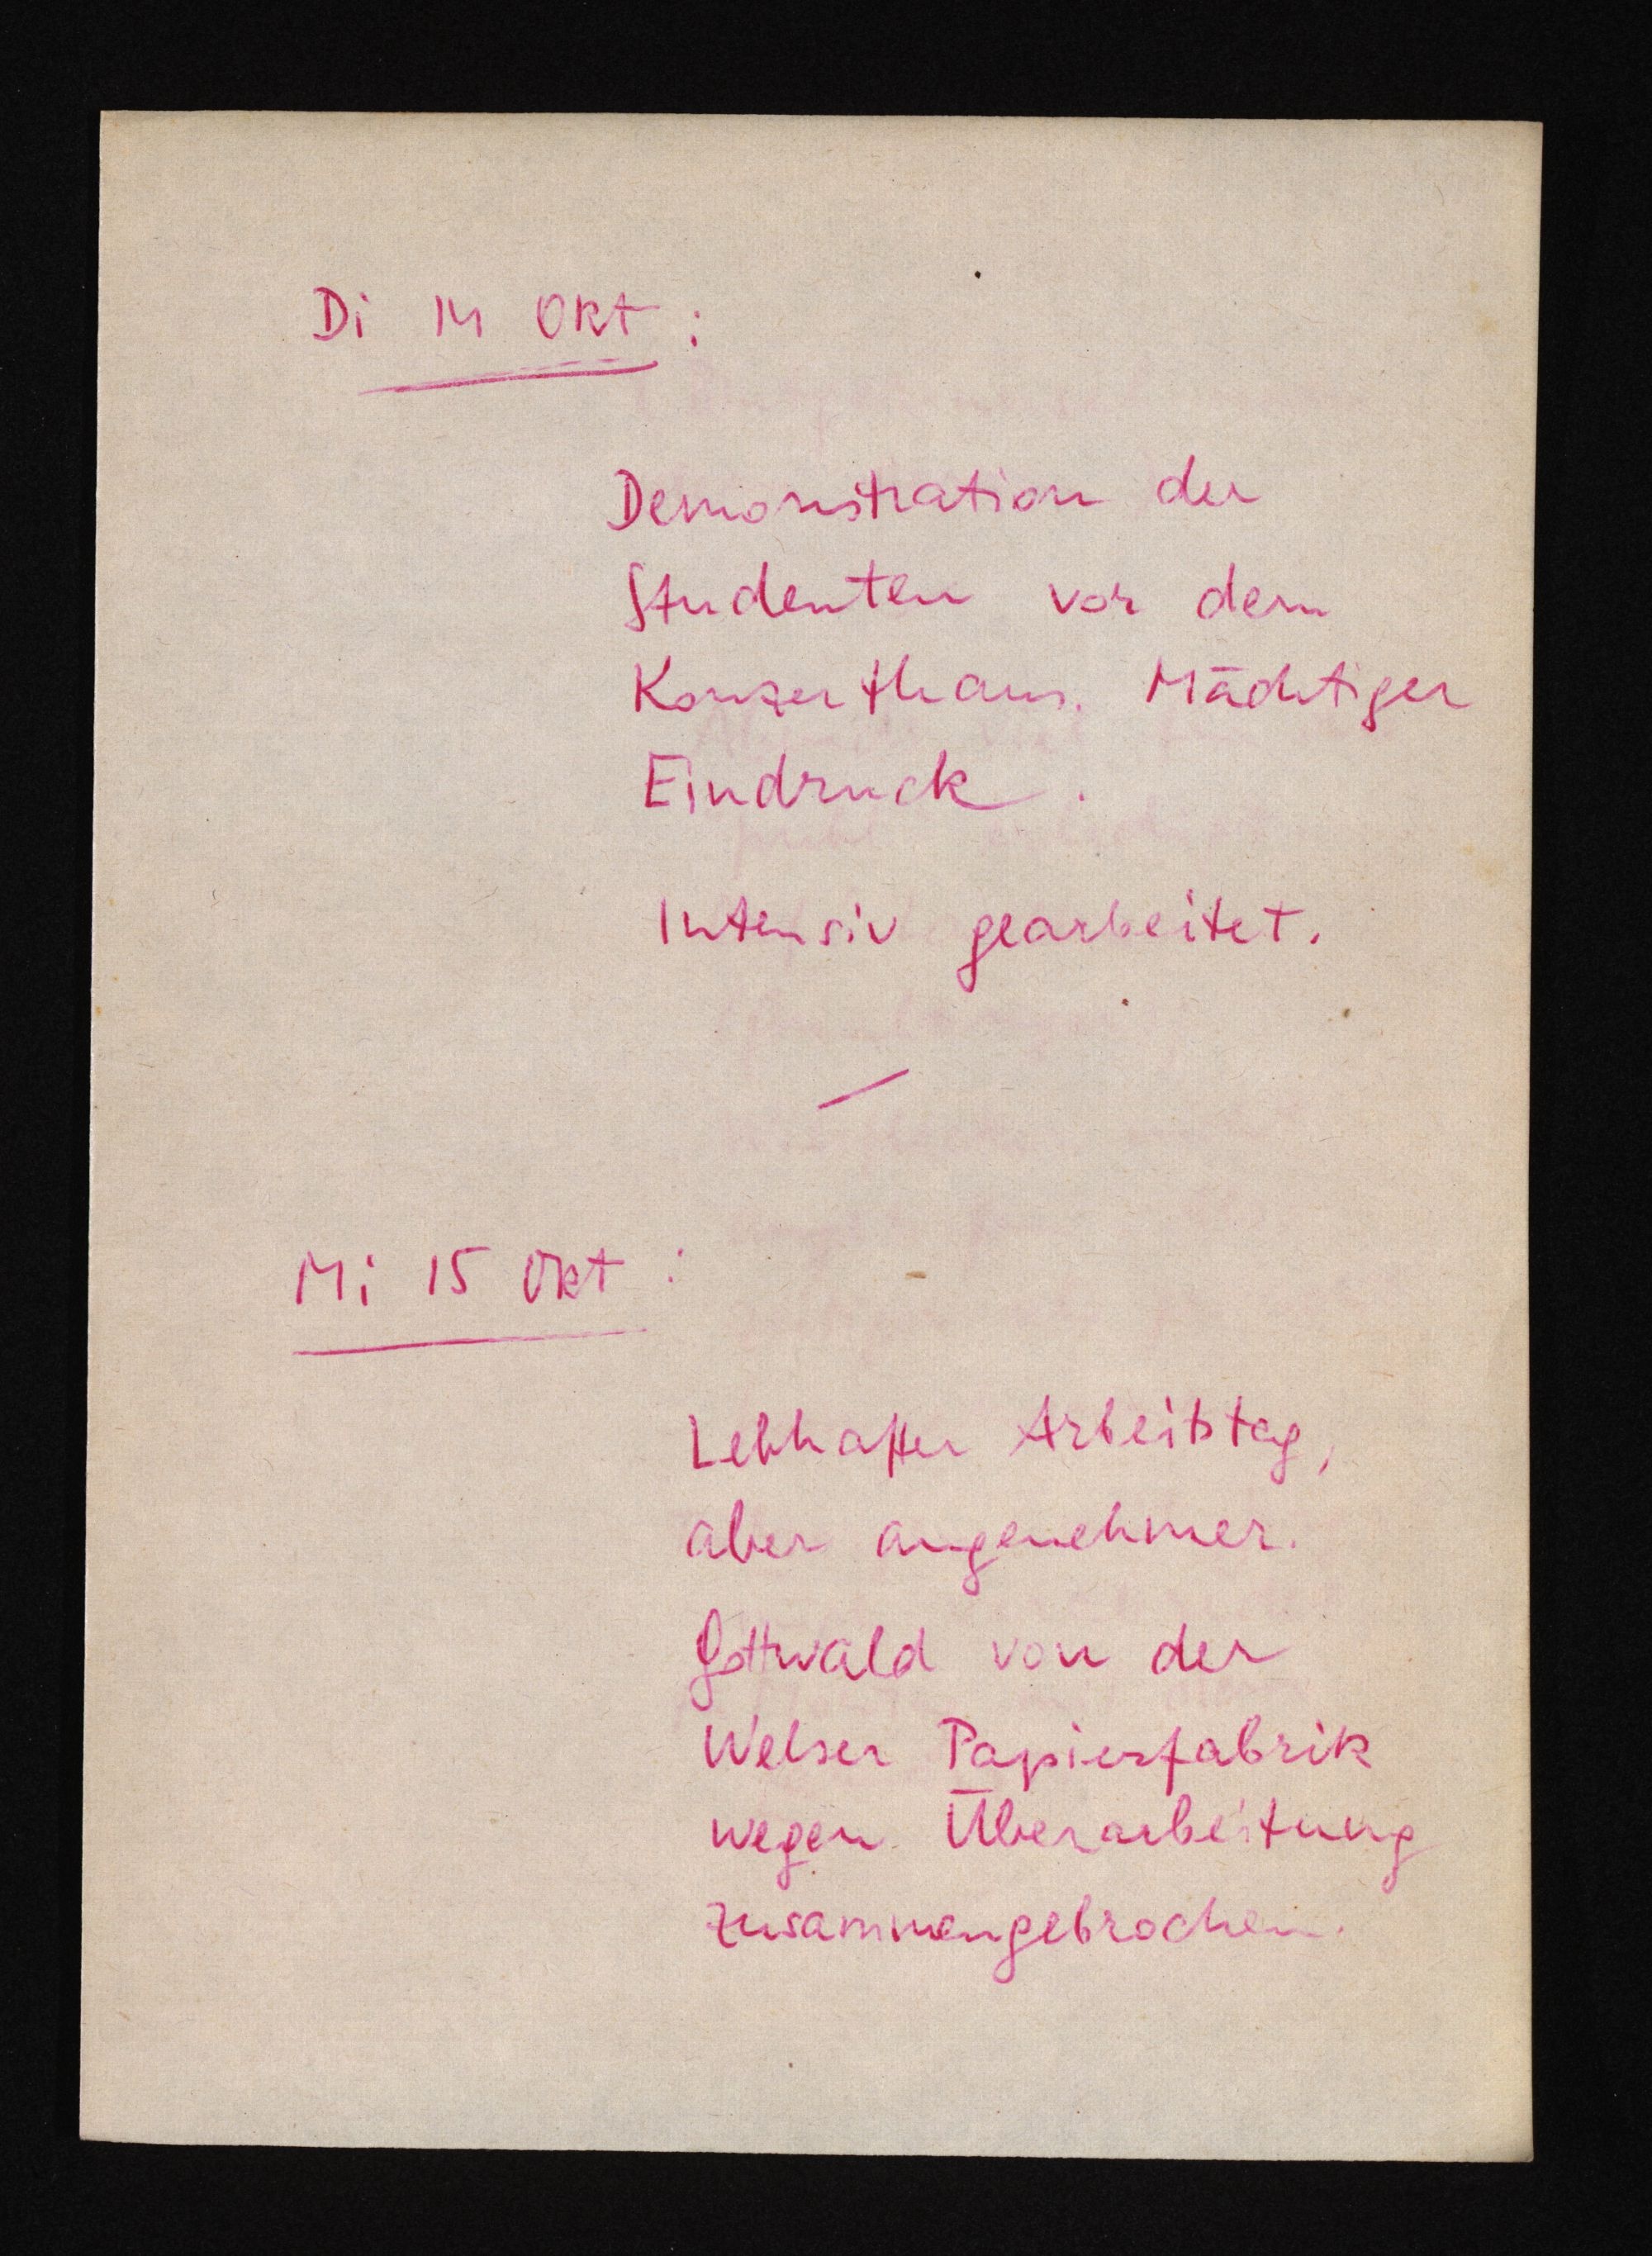
Di 14 Okt:
Demonstrationen der
Studenten vor dem
Konzerthaus. Mächtiger
Eindruck.
Intensiv gearbeitet
Mi 15 Okt:
Lebhafter Arbeitstag,
aber angenehmer.
Gottwald von der
Welser Papierfabrik
wegen Überarbeitung
zusammengebrochen.